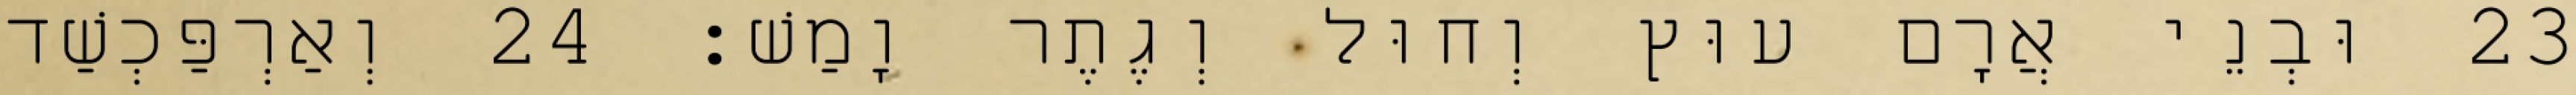
23 וּבְנֵי אֲרָם עוּץ וְחוּל וְגֶתֶר וָמַשׁ׃ 24 וְאַרְפַּכְשַׁד